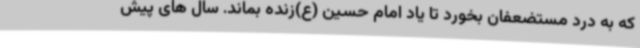
که به درد مستضعفان بخورد تا یاد امام حسین (ع)زنده بماند. سال های پیش